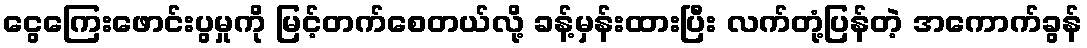
ငွေကြေးဖောင်းပွမှုကို မြင့်တက်စေတယ်လို့ ခန့်မှန်းထားပြီး လက်တုံ့ပြန်တဲ့ အကောက်ခွန်